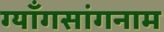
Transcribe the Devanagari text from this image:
ग्याँगसांगनाम